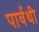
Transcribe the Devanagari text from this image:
पार्वथी